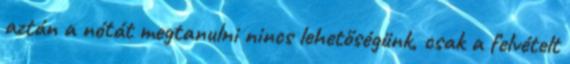
aztán a nótát megtanulni nincs lehetőségünk, csak a felvételt